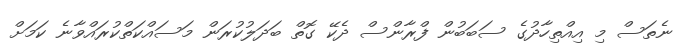
ނެތަސް މި އިއްތިހާދުގެ ސަބަބުން ފްރާންސް ދެކޭ ގޮތް ބަދަލުކުރަން މަސައްކަތްކުރައްވާނެ ކަމަށް